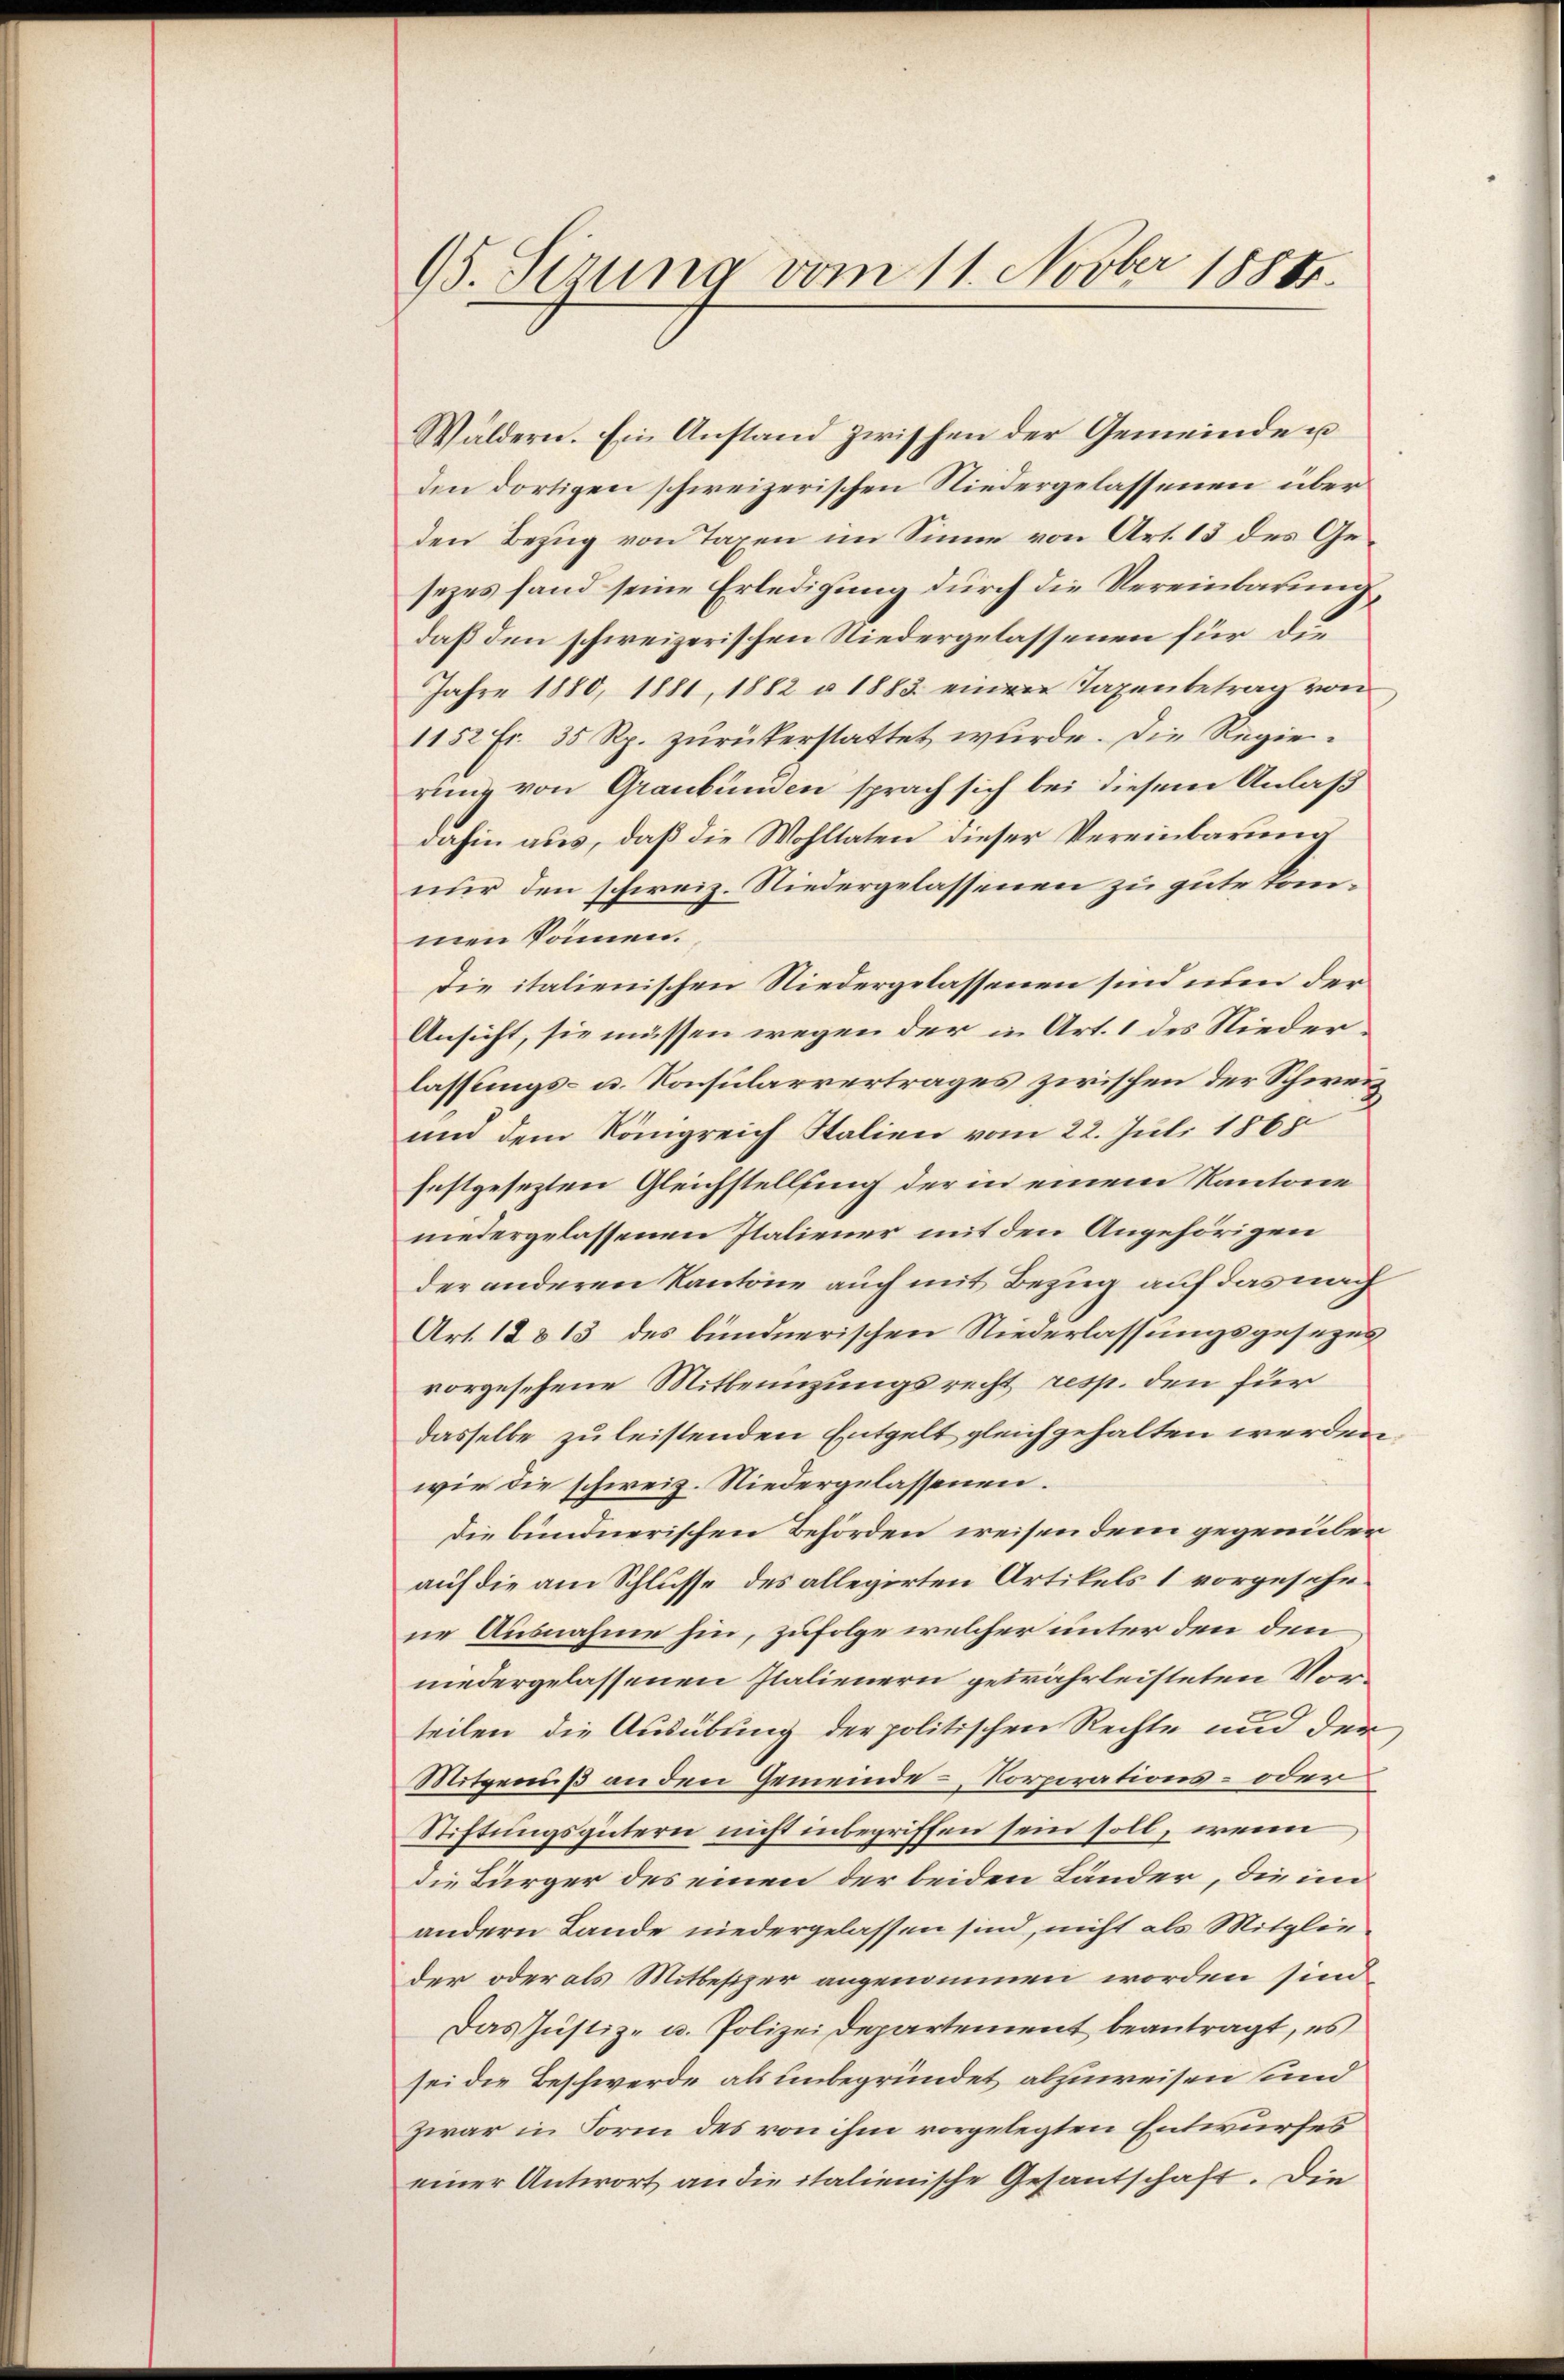
15. Sizung vom 11. Novber 1884.

Wäldern. Ein Anstand zwischen der Gemeinde u
den dortigen schweizerischen Niedergelassenen über
den Bezug von Taxen im Sinne von Art. 13 des Gesezes fand seine Erledigung durch die Vereinbarung
daß den schweizerischen Niedergelassenen für die
Jahre 1880, 1881, 1882 u. 1883 einen Taxenbetrag von
1152 fr. 35 Rp. zurückerstattet wurde. Die Regierung von Graubünden sprach sich bei diesem Anlaß
dahin aus, daß die Wohltaten dieser Vereinbarung
nur den schweiz. Niedergelassenen zu gute kommen können.
Die italienischen Niedergelassenen sind nun der
Ansicht, sie müssen wegen der in Art. 1 des Niederlassungs- u. Konsularrertrages zwischen der Schweium dem Königreich Italien vom 22. Juli 1865
festgesezten Gleichstellung der in einem Kantone
niedergelassenen Italiener mit den Angehörigen
der anderen Kantone auch mit Bezug auf das nach
Art. 128 13 des bündnerischen Niederlassungsgesezes
vorgesehene Mitbeinzungsrecht resp. den für
dasselbe zu leistenden Entgelt gleichgehalten werden,
wie die schweiz. Niedergelassenen.
die bundnerischen Behörden weisen dem gegenüber
auf die am Schlusse des allegirten Artikels 1 vorgesehene Ausnahme hin, zufolge welcher unter den den
niedergelassenen Italienern gewährleisteten Vorteilen die Ausübung der politischen Rechte und der
Mitgenuß an den Gemeinde-Corporations- oder
Stiftungsgütern nicht inbegriffen sein soll, wenn
die Bürger des einen der beiden Länder, die in
andern Lande niedergelassen sind, nicht als Mitglieder oder als Mitbesizer angenommen worden sind
Das Justiz- u. Polizei Departement beantragt, es
sei die Beschwerde als unbegründet abzuweisen sind
Zwar in Form des von ihm vorgelegten Entwurfes
einer Antwort an die italienische Gesantschaft. Die